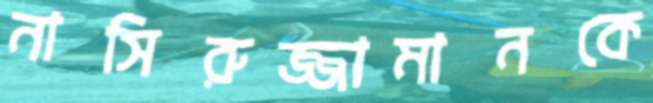
নাসিরুজ্জামানকে